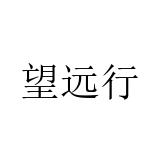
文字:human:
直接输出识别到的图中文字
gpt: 望远行